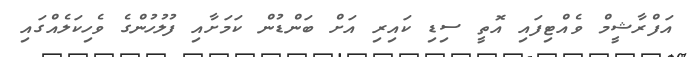
އަފްރާޝީމް ވެއްޓިފައި އޮތީ ސިޑި ކައިރި އަށް ބަންޑުން ކަމަށާއި ފުލުހުންގެ ވެހިކަލެއްގައި